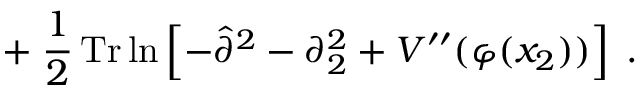
+ \; \frac { 1 } { 2 } \, \mathrm { T r } \ln \left[ - \hat { \partial } ^ { 2 } - \partial _ { 2 } ^ { 2 } + V ^ { \prime \prime } ( \varphi ( x _ { 2 } ) ) \right] \; .